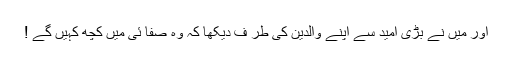
اور میں نے بڑی امید سے اپنے والدین کی طر ف دیکھا کہ وہ صفا ئی میں کچھ کہیں گے !